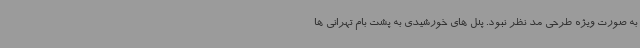
به صورت ویژه طرحی مد نظر نبود. پنل های خورشیدی به پشت بام تهرانی ها